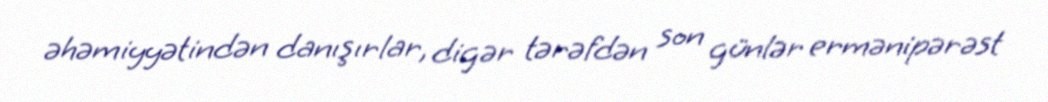
əhəmiyyətindən danışırlar, digər tərəfdən son günlər ermənipərəst